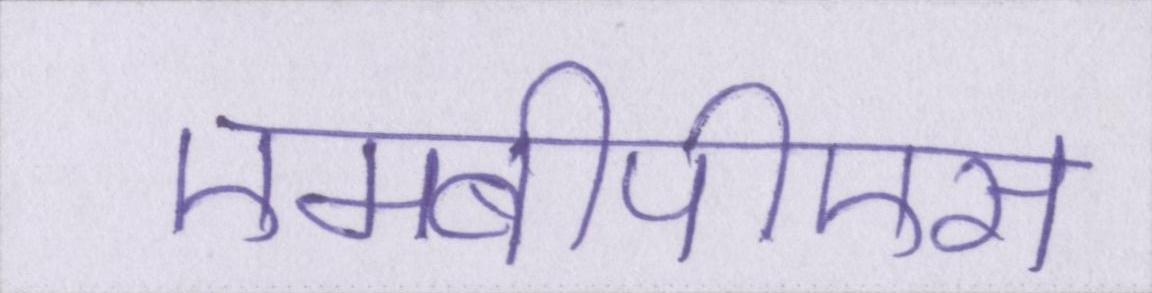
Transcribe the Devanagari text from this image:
एमबीपीएस